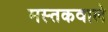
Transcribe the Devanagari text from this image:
मस्तकवाले